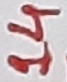
Text: 14